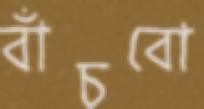
বাঁচবো